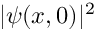
| \psi ( x , 0 ) | ^ { 2 }